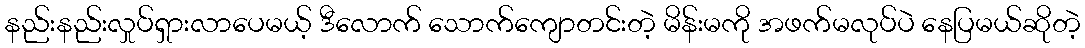
နည်းနည်းလှုပ်ရှားလာပေမယ့် ဒီလောက် သောက်ကျောတင်းတဲ့ မိန်းမကို အဖက်မလုပ်ပဲ နေပြမယ်ဆိုတဲ့